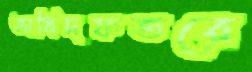
অধিদফতরে